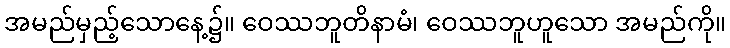
အမည်မှည့်သောနေ့၌။ ဝေဿဘူတိနာမံ၊ ဝေဿဘူဟူသော အမည်ကို။